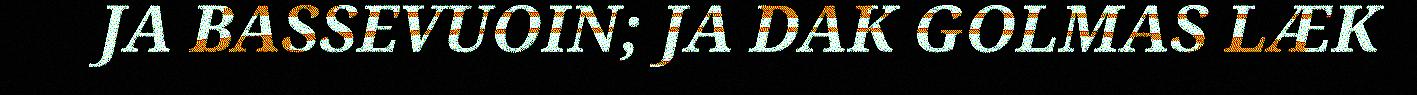
JA BASSEVUOIN; JA DAK GOLMAS LÆK